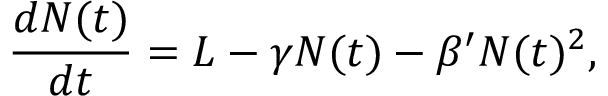
\frac { d N ( t ) } { d t } = L - \gamma N ( t ) - \beta ^ { \prime } N ( t ) ^ { 2 } ,